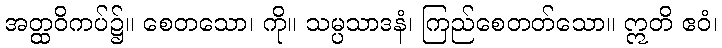
အတ္ထဝိကပ်၌။ စေတသော၊ ကို။ သမ္ပသာဒနံ၊ ကြည်စေတတ်သော။ ဣတိ ဧဝံ၊